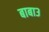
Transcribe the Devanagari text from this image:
बाबा३